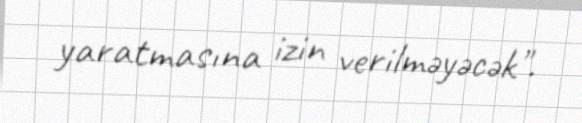
yaratmasına izin verilməyəcək".